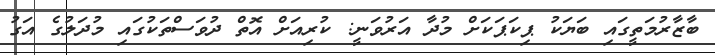
ބާޒާރުމަތީގައި ބަޔަކު ޕިކަޕަކަށް މުދާ އަރުވަނީ: ކުރިއަށް އޮތް ދުވަސްތަކުގައި މުދަލުގެ އަގު